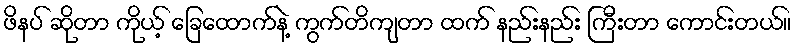
ဖိနပ် ဆိုတာ ကိုယ့် ခြေထောက်နဲ့ ကွက်တိကျတာ ထက် နည်းနည်း ကြီးတာ ကောင်းတယ်။